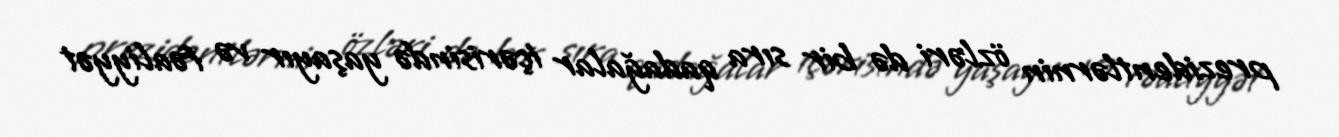
prezidentlərnin özləri də bir sıra qadağalar içərisində yaşayır və fəaliyyət